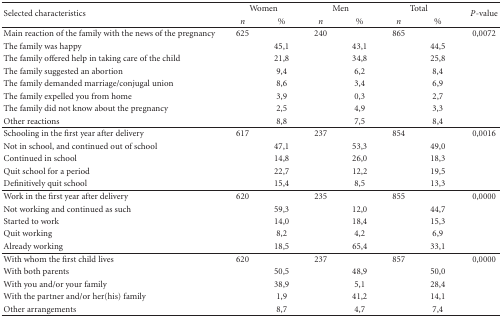
| <ROWSPAN=2> Selected characteristics | <COLSPAN=2> Women | <COLSPAN=2> Men | <COLSPAN=2> Total | <ROWSPAN=2> P-value |
 | n | % | n | % | n | % |
 | --- | --- | --- | --- | --- | --- | --- | --- |
 | Main reaction of the family with the news of the pregnancy | 625 |  | 240 |  | 865 |  | 0,0072 |
 | The family was happy |  | 45,1 |  | 43,1 |  | 44,5 |  |
 | The family offered help in taking care of the child |  | 21,8 |  | 34,8 |  | 25,8 |  |
 | The family suggested an abortion |  | 9,4 |  | 6,2 |  | 8,4 |  |
 | The family demanded marriage/conjugal union |  | 8,6 |  | 3,4 |  | 6,9 |  |
 | The family expelled you from home |  | 3,9 |  | 0,3 |  | 2,7 |  |
 | The family did not know about the pregnancy |  | 2,5 |  | 4,9 |  | 3,3 |  |
 | Other reactions |  | 8,8 |  | 7,5 |  | 8,4 |  |
 | Schooling in the first year after delivery | 617 |  | 237 |  | 854 |  | 0,0016 |
 | Not in school, and continued out of school |  | 47,1 |  | 53,3 |  | 49,0 |  |
 | Continued in school |  | 14,8 |  | 26,0 |  | 18,3 |  |
 | Quit school for a period |  | 22,7 |  | 12,2 |  | 19,5 |  |
 | Definitively quit school |  | 15,4 |  | 8,5 |  | 13,3 |  |
 | Work in the first year after delivery | 620 |  | 235 |  | 855 |  | 0,0000 |
 | Not working and continued as such |  | 59,3 |  | 12,0 |  | 44,7 |  |
 | Started to work |  | 14,0 |  | 18,4 |  | 15,3 |  |
 | Quit working |  | 8,2 |  | 4,2 |  | 6,9 |  |
 | Already working |  | 18,5 |  | 65,4 |  | 33,1 |  |
 | With whom the first child lives | 620 |  | 237 |  | 857 |  | 0,0000 |
 | With both parents |  | 50,5 |  | 48,9 |  | 50,0 |  |
 | With you and/or your family |  | 38,9 |  | 5,1 |  | 28,4 |  |
 | With the partner and/or her(his) family |  | 1,9 |  | 41,2 |  | 14,1 |  |
 | Other arrangements |  | 8,7 |  | 4,7 |  | 7,4 |  |